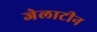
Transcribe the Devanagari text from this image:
जेलाटीन